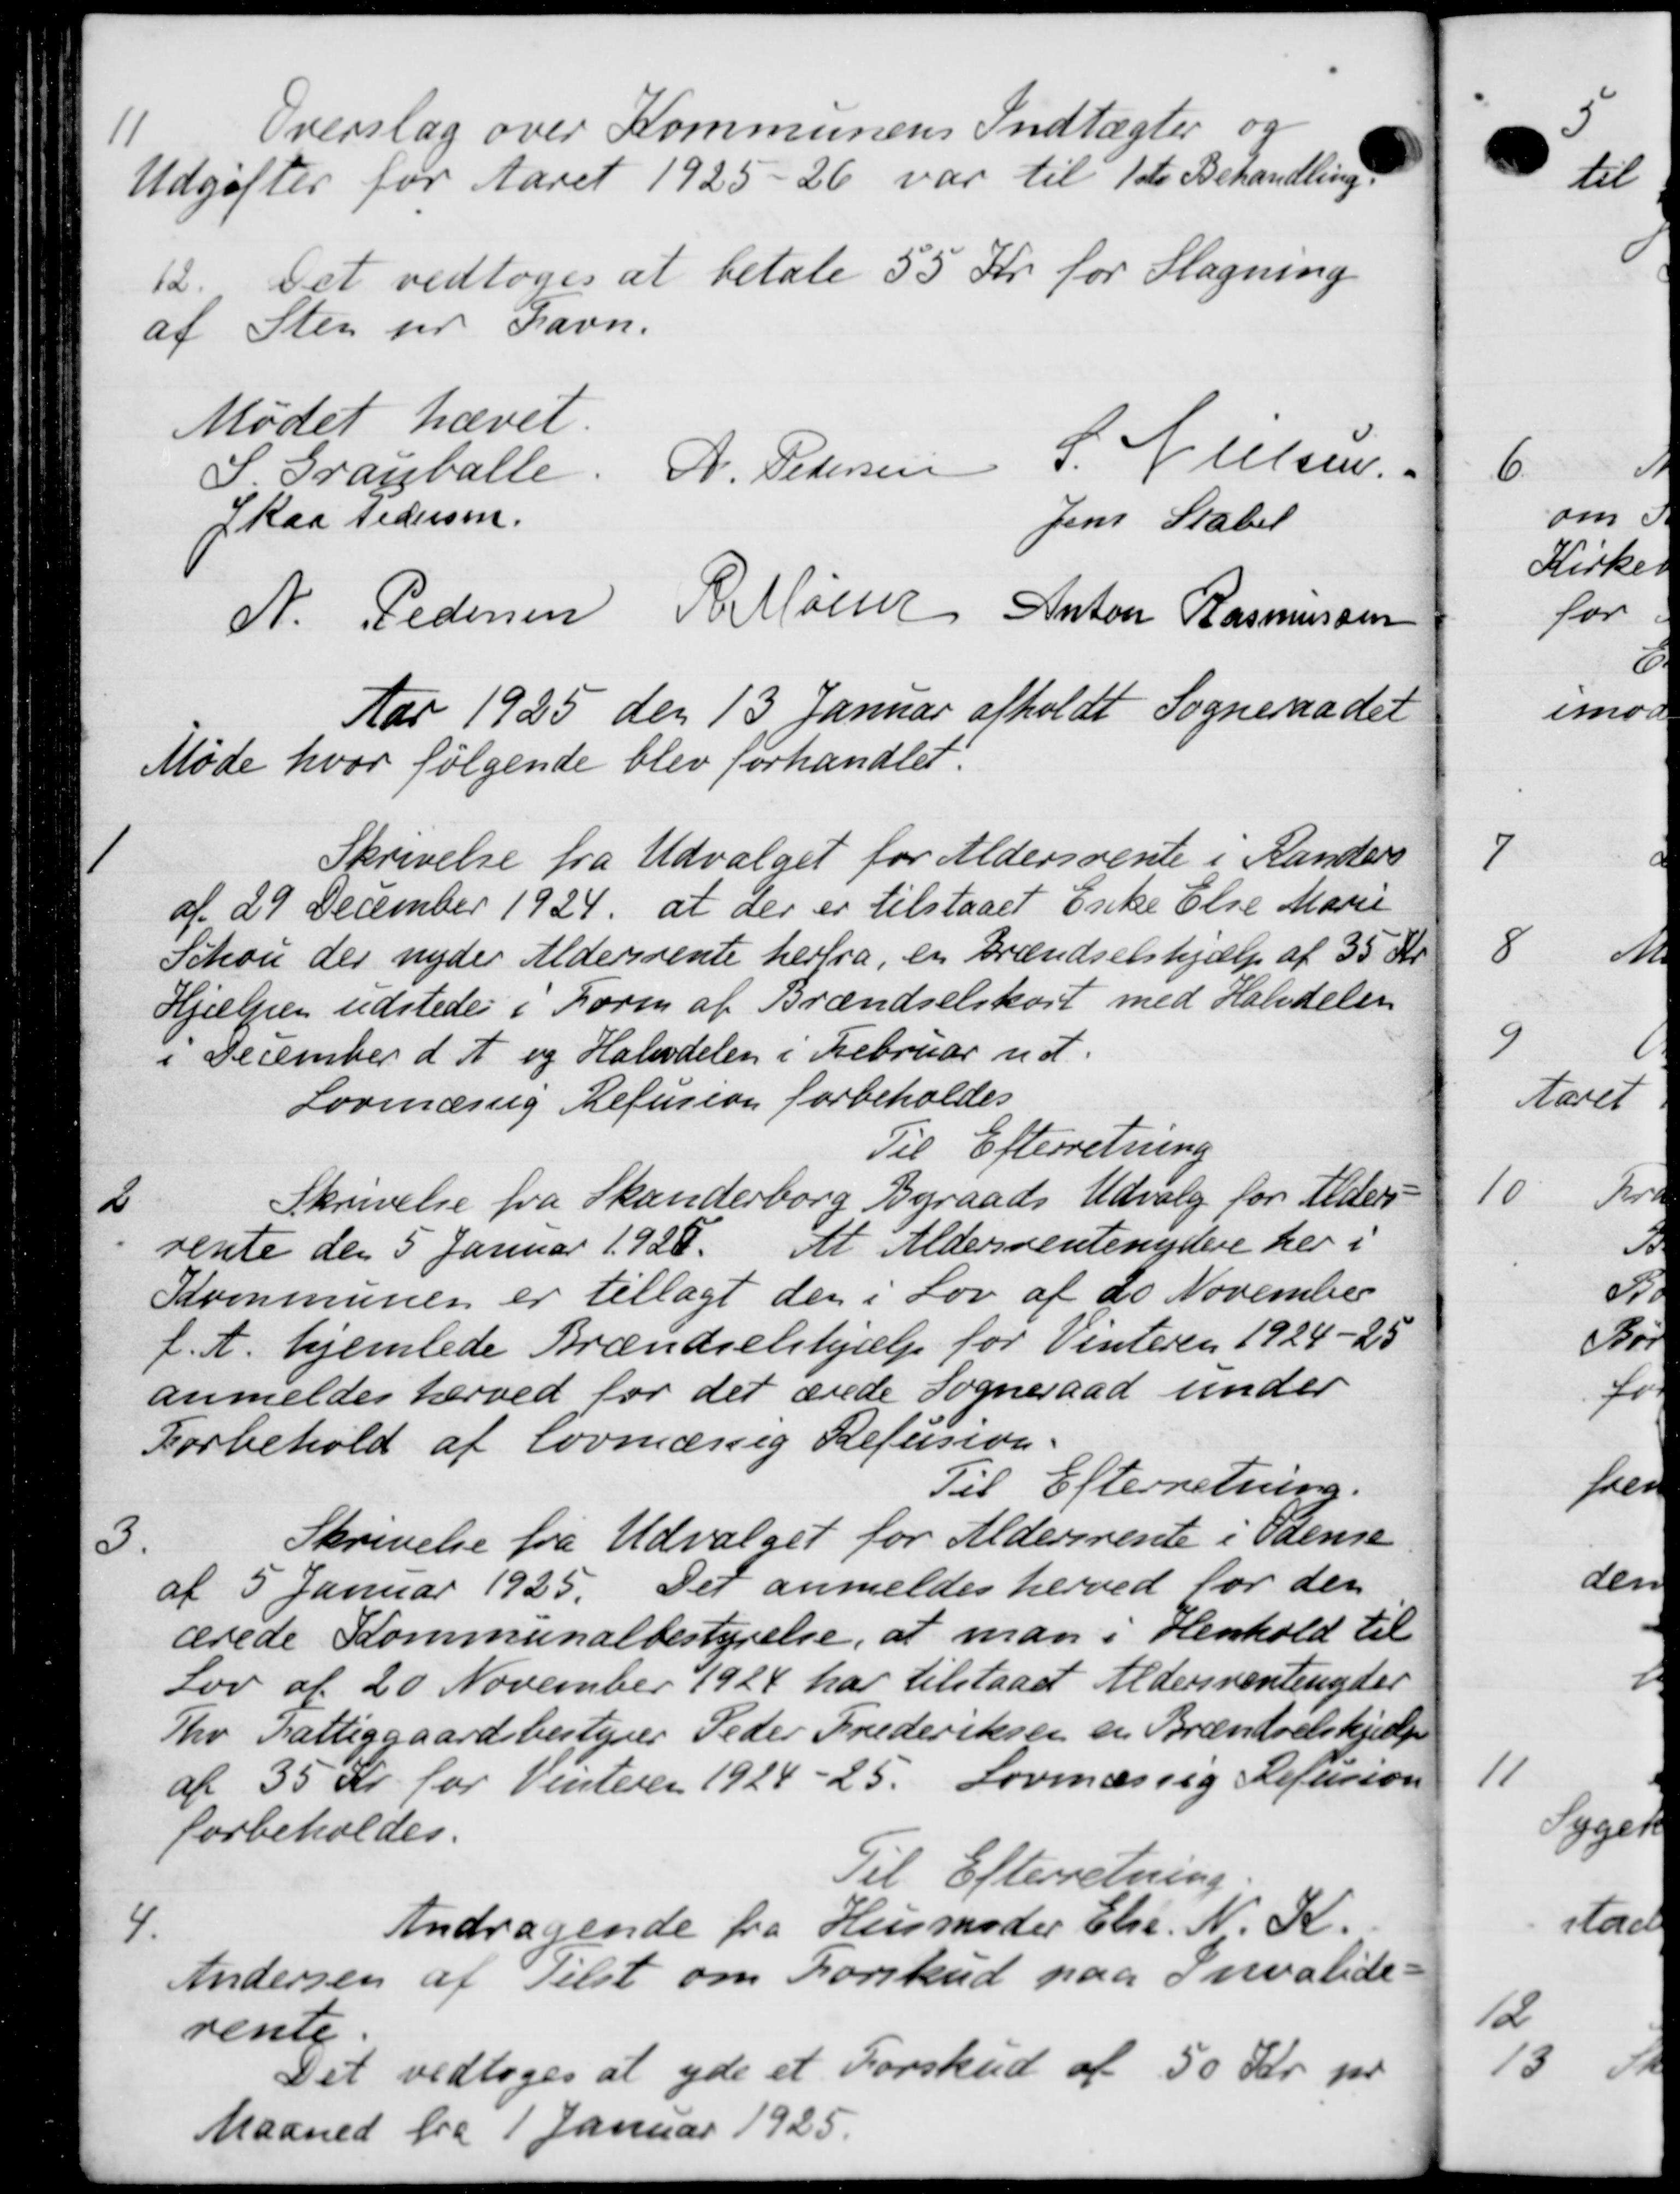
Transskription:
11
Overslag over Kommunens Indtægter og
Udgifter for Aaret 1925-26 var til 1ste Behandling.
12. Det vedtoges at betale 55 Kr for Slagning
af Sten pr Gavn.
Mødet hævet.
S. Granballe. A. Pedersen S. Nielsen.
Skaa Pedersen.
Jens Stabel
N. Pedersen R. Møller Anton Rasmussen
Aar 1925 den 13 Januar afholdt Sogneraadet
Møde hvor følgende blev forhandlet:

Skrivelse fra Udvalget for Aldersrente i Randers
af 29 December 1924, at der er tilstaaet Enke Else Marie
Schou der nyder Aldersrente herfra, en Brændselshjælp af 35 Kr.
Hjælpen udstedes i Foren af Brændselskort med Halvdelen
i December d A og Halvdelen i Februar udt.
Lovmæssig Refusion forbeholdes
Til Efterretning

Skrivelse fra Skanderborg Byraads Udvalg for Alders
rente den 5 Januar 1928. At Aldersrentenydere her i
Kommunen er tillagt den i Lov af 20 November
f. A. hjemlede Brændselshjælp for Vinteren 1924-25
anmeldes herved for det ærede Sogneraad under
Forbehold af lovmæssig Refusion.
Til Efterretning.
3.
Skrivelse fra Udvalget for Aldersrente i Odense
af 5 Januar 1925. Det anmeldes herved for den
ærede Kommunalbestyrelse, at man i Henhold til
Lov af 20 November 1924 har tilstaaet Aldersrentenyder
Tho Fattiggaardsbestyrer Peder Frederiksen en Brændselshjælp
af 35 Kr for Vinteren 1924-25. Lovmæssig Refusion
forbeholdes.
Til Efterretning
4
Andragende fra Husmoder Else. N. K.
Andersen af Tilst om Forskud paa Invalide
rente
Det vedtoges at yde et Forskud af 50 Kr. pr.
Maaned fra 1 Januar 1925.